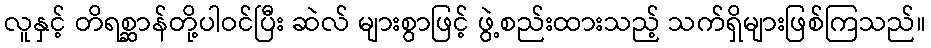
လူနှင့် တိရစ္ဆာန်တို့ပါဝင်ပြီး ဆဲလ် များစွာဖြင့် ဖွဲ့စည်းထားသည့် သက်ရှိများဖြစ်ကြသည်။